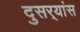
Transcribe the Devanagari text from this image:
दुसर्‍यांस